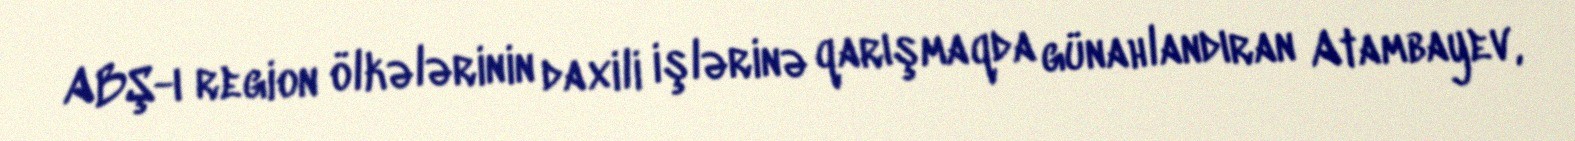
ABŞ-ı region ölkələrinin daxili işlərinə qarışmaqda günahlandıran Atambayev,